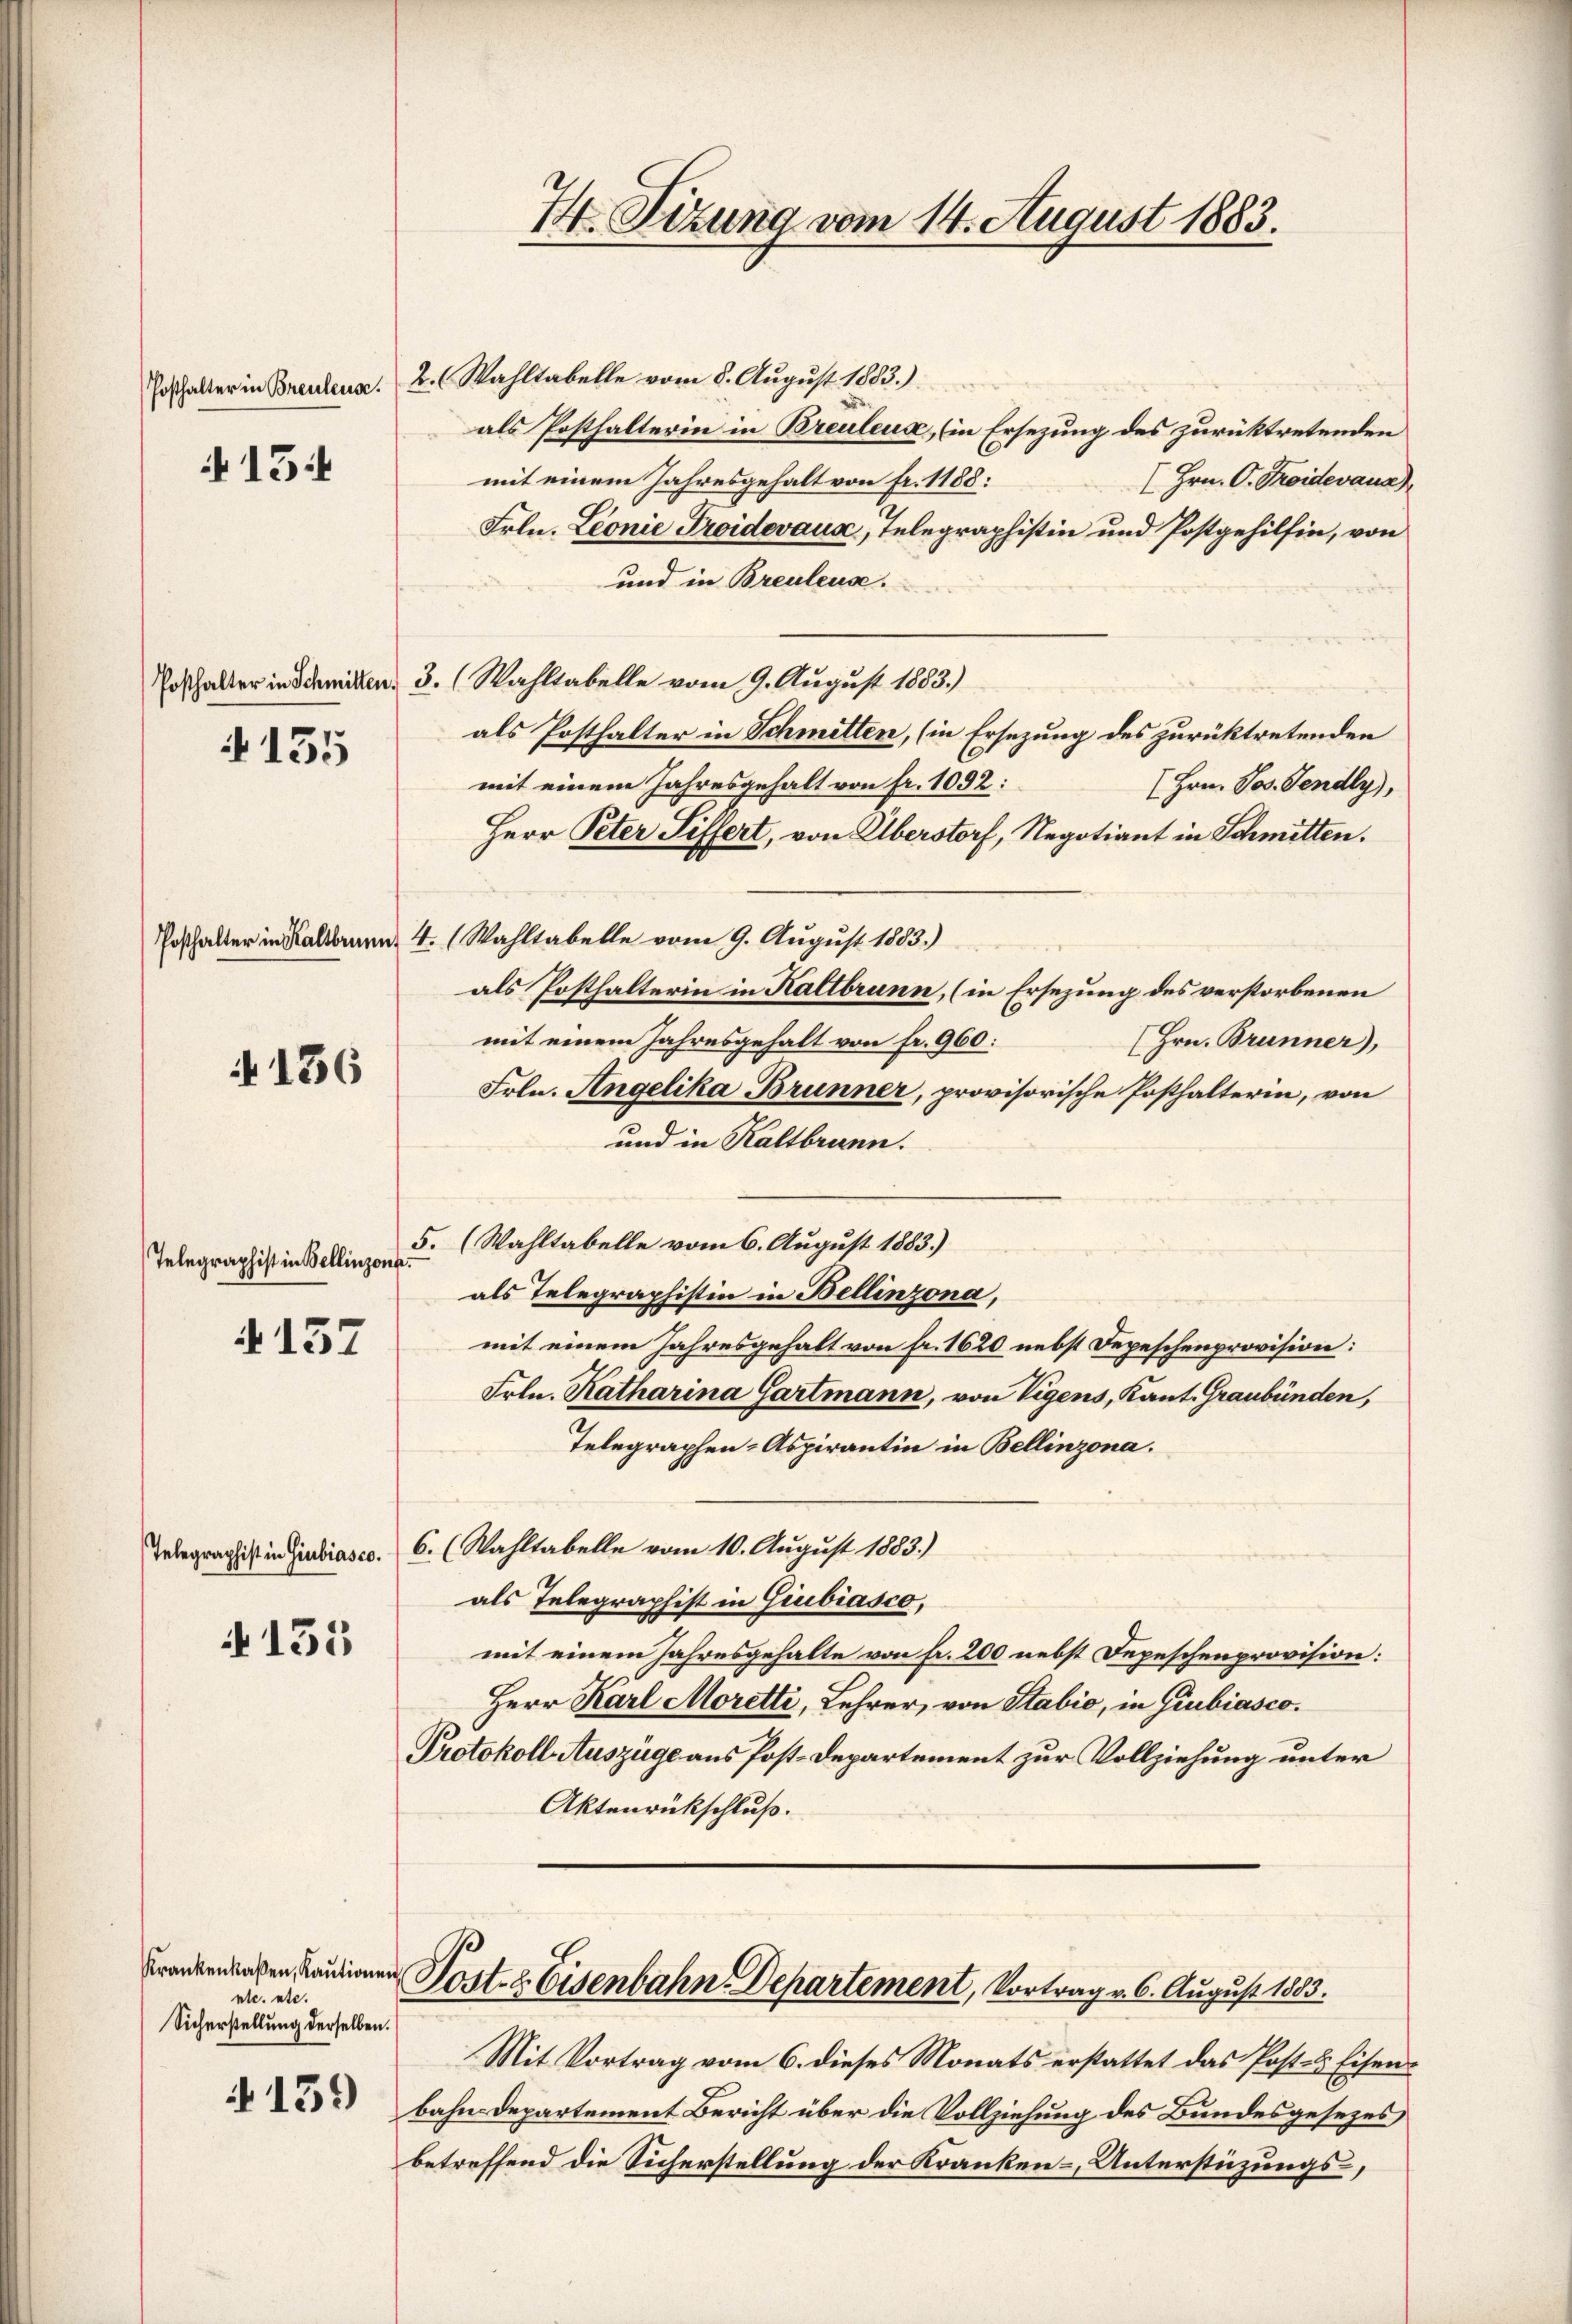
15

A 155

4136

Telegraphist in Bellinzona.

4137

N 135

ntc. etc.
Sicherstellung derselben.

159)

Posthalter in Brentens. 2. Wahltabelle vom 8. August 1883.).
als Posthalterin in Breuleux, (in Ersezung des zurücktretenden
mit einem Jahresgehalt von fr. 1188:
(Hrn. O. Koidevana)
Frln. Leonie Proidevaux, Telegraphistin und Postgehilfin, von
und in Breuleuse.
Posthalter in Schmitten, 3. (Wahltabelle vom 9. August 1883.)
als Posthalter in Schmitten, (in Ersezung des zurücktretenden
mit einem Jahresgehalt von fr. 1092:
(Hrn. Jos. Fendly),
Herr Peter Siffert, von Überstorf, Negotiant in Schmitten.
Posthalter in Kaltbrunn, 4. Wahltabelle vom 9. August 1883.)
als Posthalterin in Kaltbrunn, (in Ersezung des verstorbenen
mit einem Jahresgehalt von fr. 960:
(Hrn. Brunner),
Frln. Angelika Brunner, provisorische Posthalterin, von
und in Kaltbrunn.
5. (Wahltabelle vom 6. August 1883.)
als Telegraphistin in Bellinzona,
mit einem Jahresgehalt von fr. 1620 nebst Depeschenprovision:
Frln. Katharina Gartmann, von Vigens, Kant. Graubünden,
Telegraphen- Aspirantin in Bellinzona.
Telegraphist in Giubiasco. 6. (Wahltabelle vom 10. August 1883.)
als Telegraphist in Giubiasco,
mit einem Jahresgehalte von fr. 200 nebst Depeschenprovision:
Herr Karl Moretti, Lehrer, von Stabio, in Giubiasco
Protokoll-Auszüge aus Post-Departement zur Vollziehung unter
Aktenrückschluß.

I. Sitzung vom 14. August 1883.

Frankenbachen Paulinen Post- & Eisenbahn. Departement, Vortrag v. 6. August 1883.

Mit Vortrag vom 6. dieses Monats erstattet das Post- & Eisenbahn Departement Bericht über die Vollziehung des Bundesgesezes
betreffend die Sicherstellung der Kranken-, Unterstüzungs-